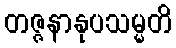
တဇ္ဇနာနုပသမ္မတိ